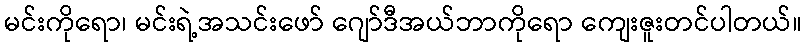
မင်းကိုရော၊ မင်းရဲ့အသင်းဖော် ဂျော်ဒီအယ်ဘာကိုရော ကျေးဇူးတင်ပါတယ်။